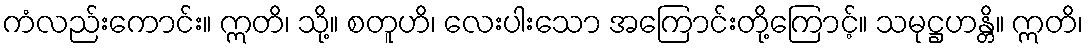
ကံလည်းကောင်း။ ဣတိ၊ သို့။ စတူဟိ၊ လေးပါးသော အကြောင်းတို့ကြောင့်။ သမုဋ္ဌဟန္တိ။ ဣတိ၊